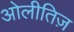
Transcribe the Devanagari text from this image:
ओलीतिज़